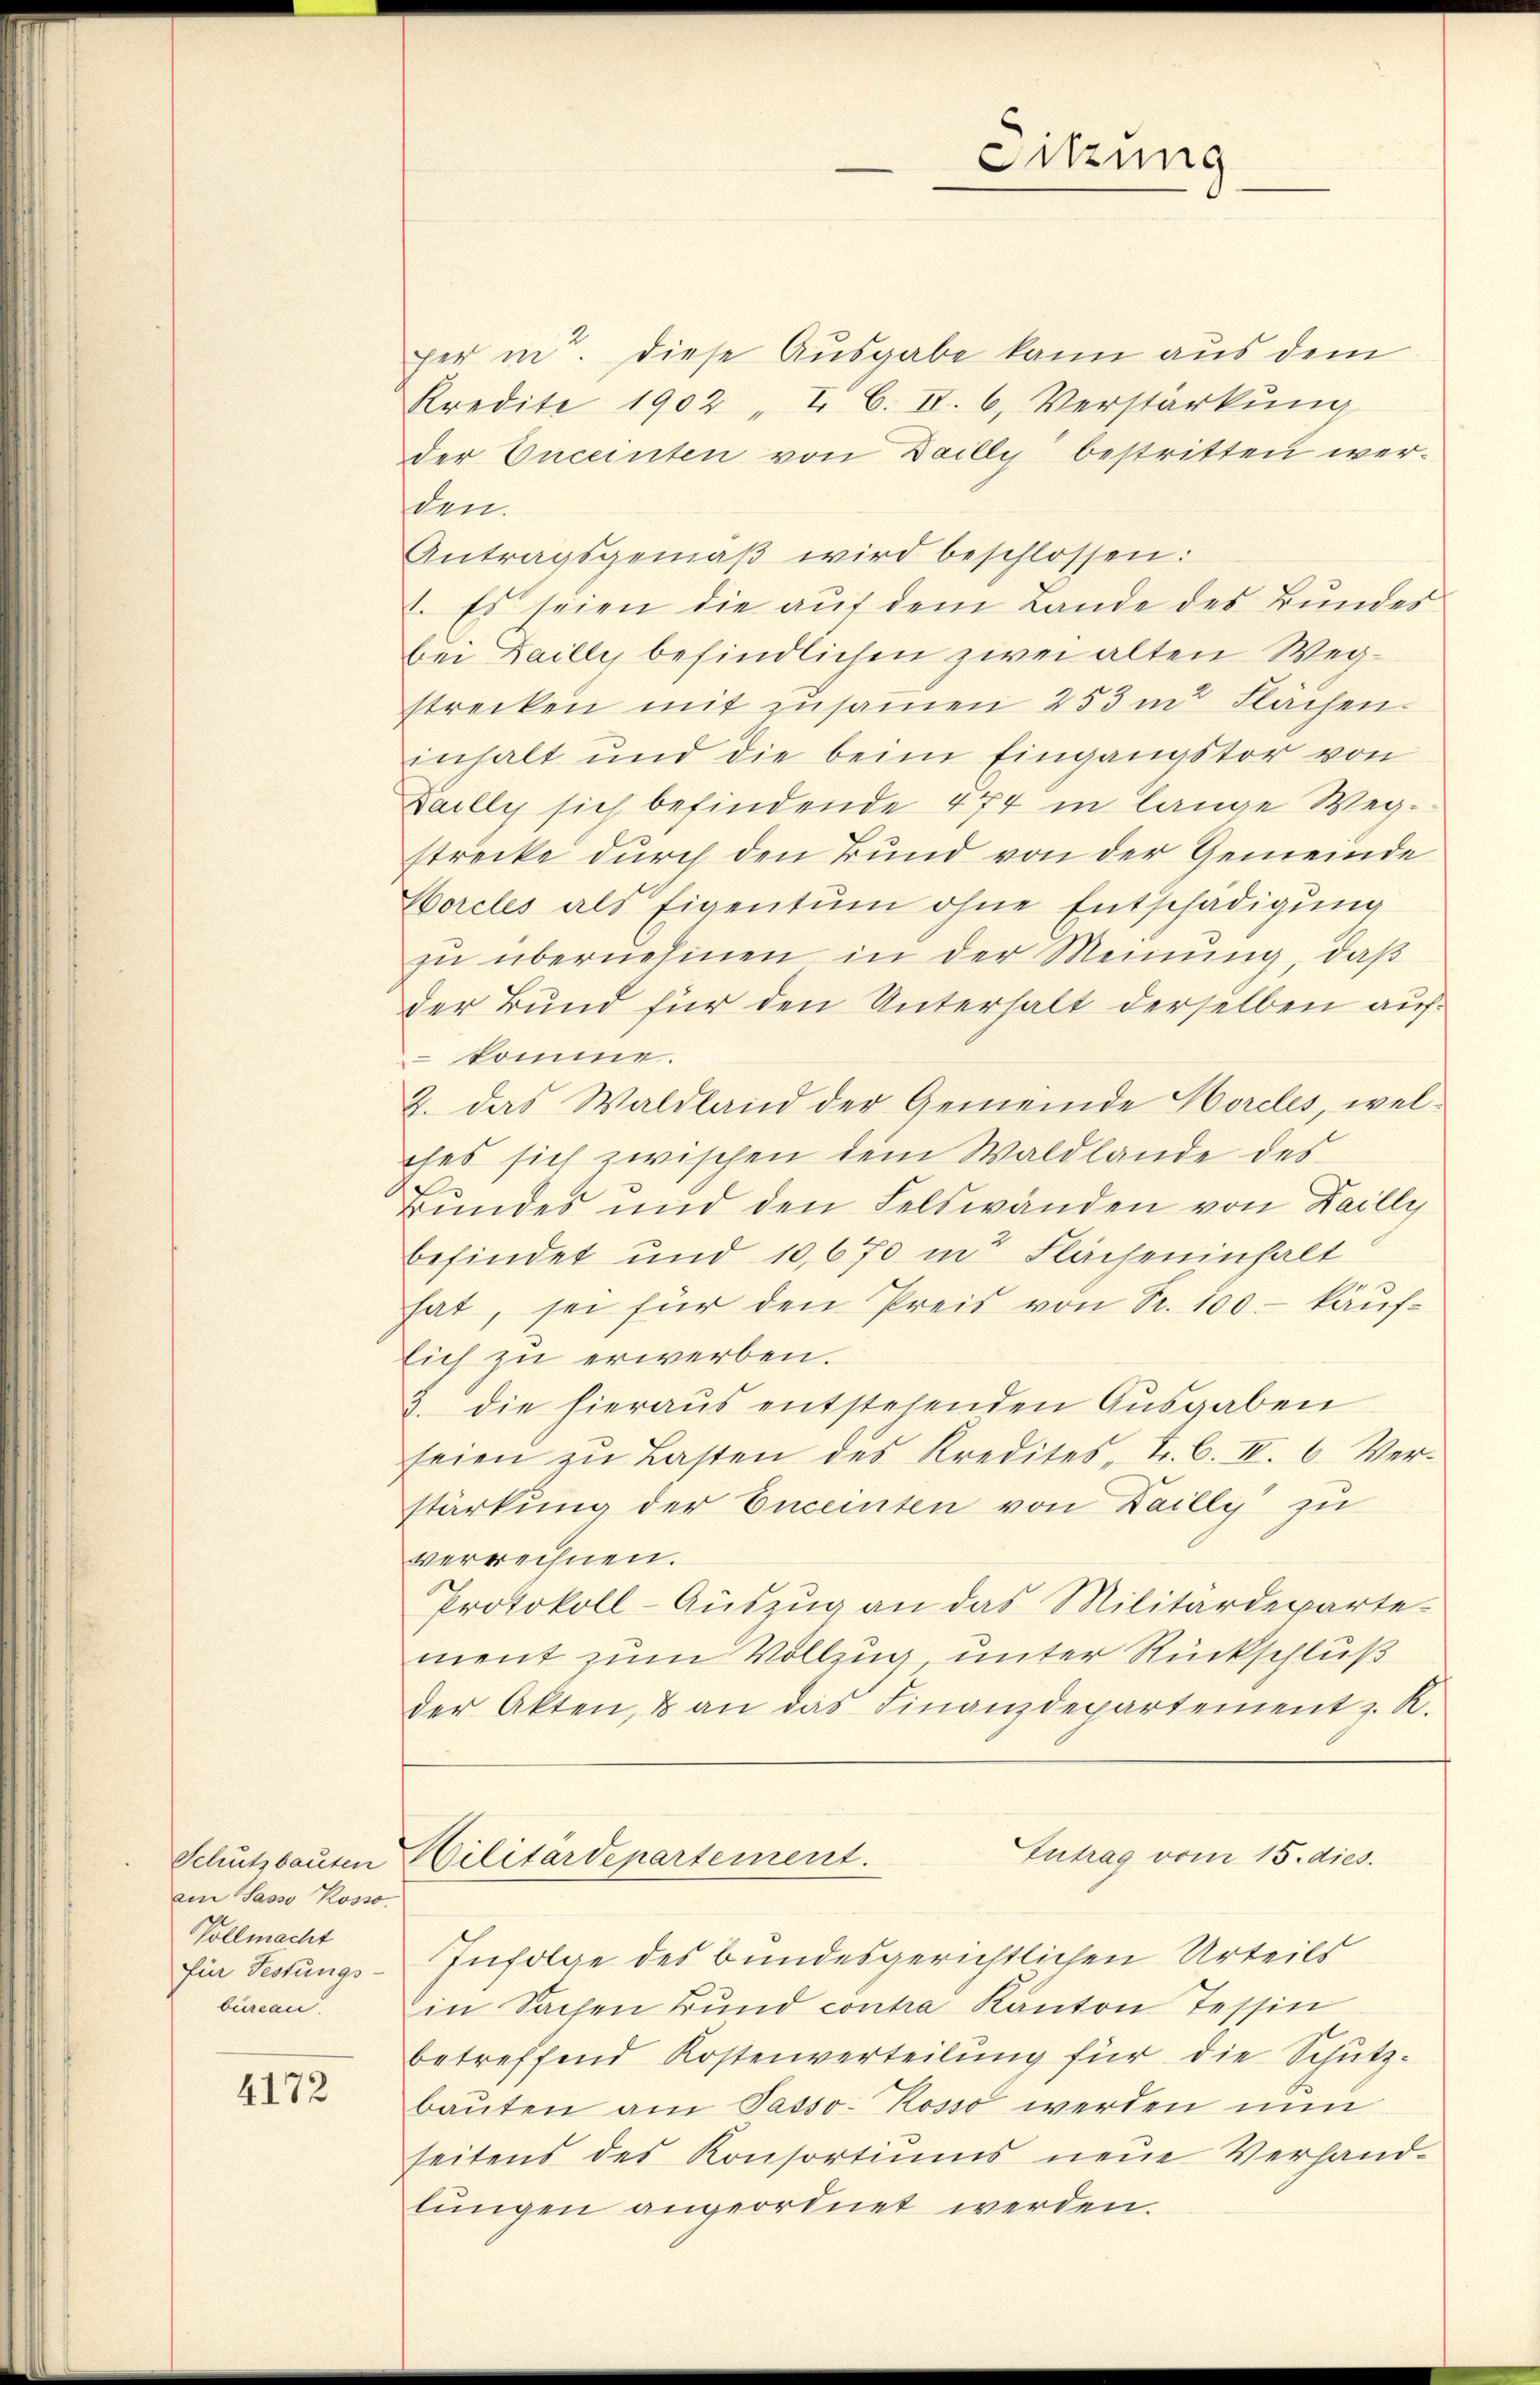
Schutzbauten
am Sasso Rosso
Vollmacht
für Festungs-
burcan.

4172

per in diese Ausgabe kann aus dem
Kredite 1902 "I C. II. 6, Verstärkŭng
der Enceinten von Dailly bestritten werden.
Antragsgemäß wird beschlossen:
1. Es seien die auf dem Lande des Bundes
bei Dailli, befindlichen zwei alten Wegstrecken mit zusamen 253 m Flächen.
inhalt und die beim Eingangstor von
Dailly sich befindende 474 in lange Wegstrecke durch den Bund von der Gemeinde
Worcles als Eigentum ohne Entschädigung
zu übernehmen in der Meinung, daß
der Bund für den Unterhalt derselben auf¬
 komme.
2. das Waldland der Gemeinde Horcles, welches sich zwischen dem Waldlande des
Bundes und den Felswänden von Dailly
befindet und 10,670 in Flächeninhalt
hat, sei für den Preis von Sr. 100 - käufsich zu erwerben.
3. die hieraŭs entstehenden Aŭsgaben
seien zŭ Lasten des Kredites - Fr. C. II. 6. Ver-
stärkung der Enceinten von Dailly zu
verrechnen.
Protokoll-Auszug an das Militärdeparte-
ment zum Vollzug unter Rückschluß
der Akten, & an das Finanzdepartement z. R.
Intrag vom 15. dies.
Militärdepartement.
Infolge des bundesgerichtlichen Urteils
in Sachen Bund contra Kanton Tessin
betreffend Kostenverteilung für die Schütz-
baŭten am Passo- Kosso werden nun
seitens des Konsortiŭms neŭe Verhand-
lungen angeordnet werden.

Sitzung